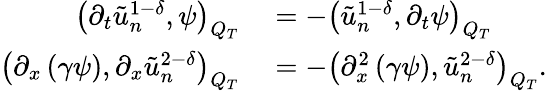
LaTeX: \begin{array}{rl}{\left(\partial_{t}\tilde{u}_{n}^{1-\delta},\psi\right)_{Q_{T}}}&{{}=-\left(\tilde{u}_{n}^{1-\delta},\partial_{t}\psi\right)_{Q_{T}}}\\ {\left(\partial_{x}\left(\gamma\psi\right),\partial_{x}\tilde{u}_{n}^{2-\delta}\right)_{Q_{T}}}&{{}=-\left(\partial_{x}^{2}\left(\gamma\psi\right),\tilde{u}_{n}^{2-\delta}\right)_{Q_{T}}.}\end{array}